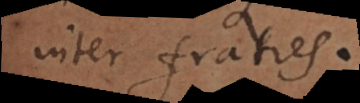
inter fratres.